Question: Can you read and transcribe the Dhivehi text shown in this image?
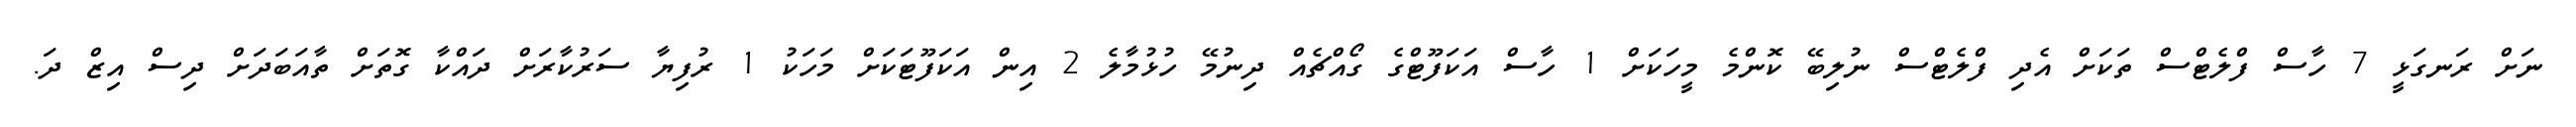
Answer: ނަށް ރަނގަޅީ 7 ހާސް ފްލެޓްސް ތަކަށް އެދި ފްލެޓްސް ނުލިބޭ ކޮންމެ މީހަކަށް 1 ހާސް އަކަފޫޓްގެ ގޯއްޗެއް ދިނުމޭ ހުޅުމާލެ 2 އިން އަކަފޫޓަކަށް މަހަކު 1 ރުފިޔާ ސަރުކާރަށް ދައްކާ ގޮތަށް ތާއަބަދަށް ދިސް އިޒް ދަ.